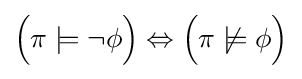
{\Big (}\pi \models \neg \phi {\Big )}\Leftrightarrow {\Big (}\pi \not \models \phi {\Big )}